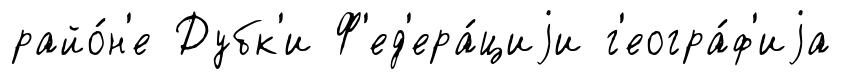
райо́н'е Дубк'и Ф'ед'ера́циjи г'еогра́ф'иjа